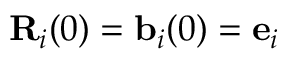
{ \bf R } _ { i } ( 0 ) = { \bf b } _ { i } ( 0 ) = { \bf e } _ { i }